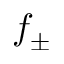
f _ { \pm }